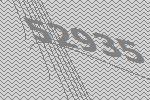
52935